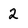
Character: 2